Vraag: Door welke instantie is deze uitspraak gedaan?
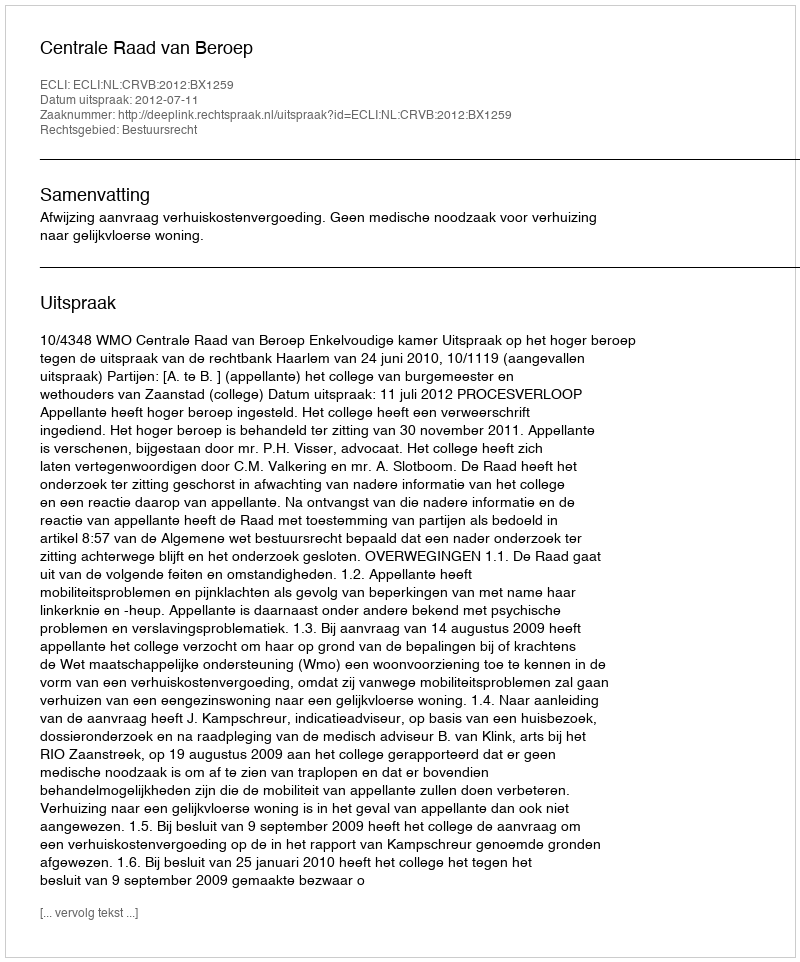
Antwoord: Centrale Raad van Beroep